Report of an investigation into the causes of malaria in Bombay and the measures necessary for its control
Disease focus: Malaria
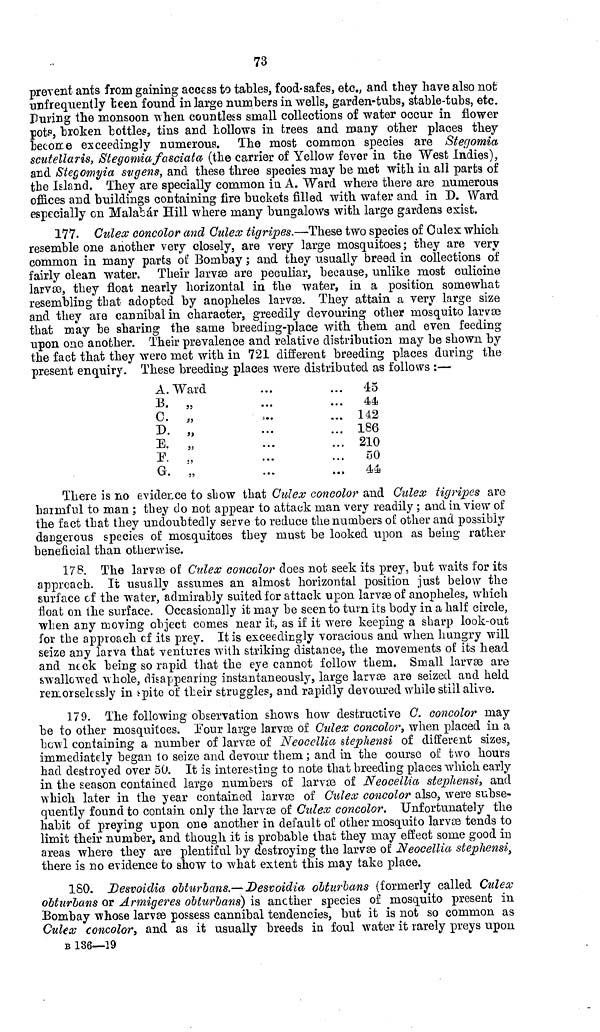
73
prevent ants from gaining access to tables, food-safes, etc., and they have also not
unfrequently been found in large numbers in wells, garden-tubs, stable-tubs, etc.
During the monsoon when countless small collections of water occur in flower
pots, broken bottles, tins and hollows in trees and many other places they
become exceedingly numerous. The most common species are Stegomia
scutellaris, Stegomia fasciata (the carrier of Yellow fever in the West Indies),
and Stegomyia sugens, and these three species may be met with in all parts of
the Island. They are specially common in A. Ward where there are numerous
offices and buildings containing fire buckets filled with water and in D. Ward
especially on Malabár Hill where many bungalows with large gardens exist.
177. Culeco concolor and Culex tigripes.—These two species of Culex which
resemble one another very closely, are very large mosquitoes ; they are very
common in many parts of Bombay ; and they usually breed in collections of
fairly clean water. Their larvæ are peculiar, because, unlike most culicine
larvæ, they float nearly horizontal in the water, in a position somewhat
resembling that adopted by anopheles larvæ. They attain a very large size
and they are cannibal in character, greedily devouring other mosquito larvæ
that may be sharing the same breeding-place with them and even feeding
upon one another. Their prevalence and relative distribution may be shown by
the fact that they were met with in 721 different breeding places during the
present enquiry. These breeding places were distributed as follows :—
A. Ward
B.
C.
D.
E.
F.
G.
..
45
44
.. 142
.. 186
.. 210
50
44
There is no evidence to show that Culex concolor and Culex tigripes are
harmful to man ; they do not appear to attack man very readily ; and in view of
the fact that they undoubtedly serve to reduce the numbers of other and possibly
dangerous species of mosquitoes they must be looked upon as being rather
beneficial than otherwise.
178. The larvæ of Culex concolor does not seek its prey, but waits for its
approach. It usually assumes an almost horizontal position just below the
surface of the water, admirably suited for attack upon larvæ of anopheles, which
float on the surface. Occasionally it may be seen to turn its body in a half circle,
when any moving object comes near it, as if it were keeping a sharp look-out
for the approach cf its prey. It is exceedingly voracious and when hungry will
seize any larva that ventures with striking distance, the movements of its head
and neck being so rapid that the eye cannot follow them. Small larvæ are
swallowed whole, disappearing instantaneously, large larvæ are seized and held
remorselessly in spite of their struggles, and rapidly devoured while still alive.
179. The following observation shows how destructive C. concolor may
be to other mosquitoes. Pour large larvæ of Culex concolor, when placed in a.
bowl containing a number of larvæ of Neocellia stephensi of different sizes,
immediately began to seize and devour them; and in the course of two hours
had destroyed over 50. It is interesting to note that breeding places which early
in the season contained large numbers of larvæ of Neocellia stephensi, and
which later in the year contained larvæ of Culex concolor also, were subse-
quently found to contain only the larvæ of Culex concolor. Unfortunately the
habit of preying upon one another in default of other mosquito larvæ tends to
limit their number, and though it is probable that they may effect some good in
areas where they are plentiful by destroying the larvæ of Neocellia stephensi,
there is no evidence to show to what extent this may take place.
180. Desvoidia obturbans.— Desvoidia obturbans (formerly called Culex
obturbans or Armigeres obturbans) is another species of mosquito present in
Bombay whose larvæ possess cannibal tendencies, but it is not so common as
Culex concolor, and as it usually breeds in foul water it rarely preys upon
B 136—19